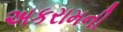
અકરામની